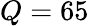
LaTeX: Q=65